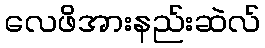
လေဖိအားနည်းဆဲလ်